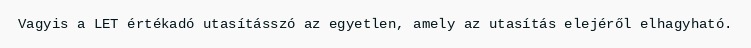
Vagyis a LET értékadó utasításszó az egyetlen, amely az utasítás elejéről elhagyható.